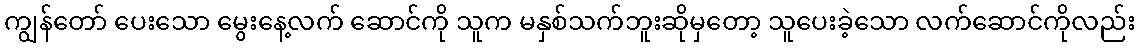
ကျွန်တော် ပေးသော မွေးနေ့လက် ဆောင်ကို သူက မနှစ်သက်ဘူးဆိုမှတော့ သူပေးခဲ့သော လက်ဆောင်ကိုလည်း